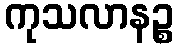
ကုသလာနဉ္စ